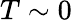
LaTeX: T\sim 0